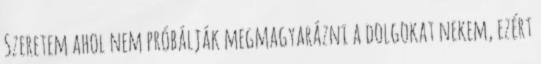
Szeretem ahol nem próbálják megmagyarázni a dolgokat nekem, ezért